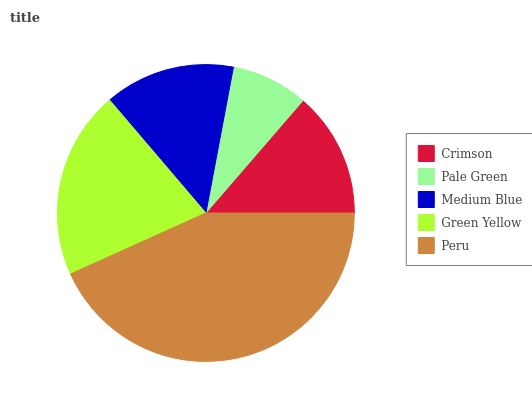
| Crimson | Pale Green | Medium Blue | Green Yellow | Peru |
 | --- | --- | --- | --- | --- |
 | 13.7% | 8.37% | 14.2% | 20.5% | 43.3% |